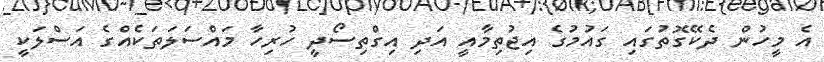
އެ މީހުން ދެކޭގޮތުގައި ގައުމުގެ އިޖުތިމާއީ އަދި އިގްތިސޯދީ ހުރިހާ މައްސަލަތަކެއްގެ އަސްލަކީ